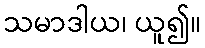
သမာဒါယ၊ ယူ၍။